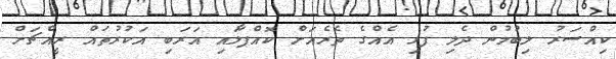
ކިއްސަރު ލިބުމުން ދެލި ފުޅި އެއްގެ ތެރެއަށް ކޮއްޕާލައި އަރަބި އަކުރުތައް ރީއްޗަށް